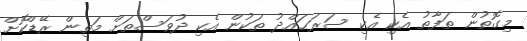
މިގޮތުން ތަފާތު އެކި އެކި ސަރަޙައްދު ތަކުން އެކި ދުވަސްތަށް މަތިން ރޭޑްކޮށް